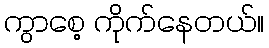
ကွာစေ့ ကိုက်နေတယ်။